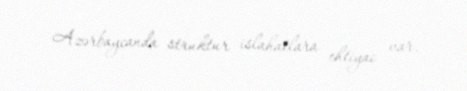
Azərbaycanda struktur islahatlara ehtiyac var.